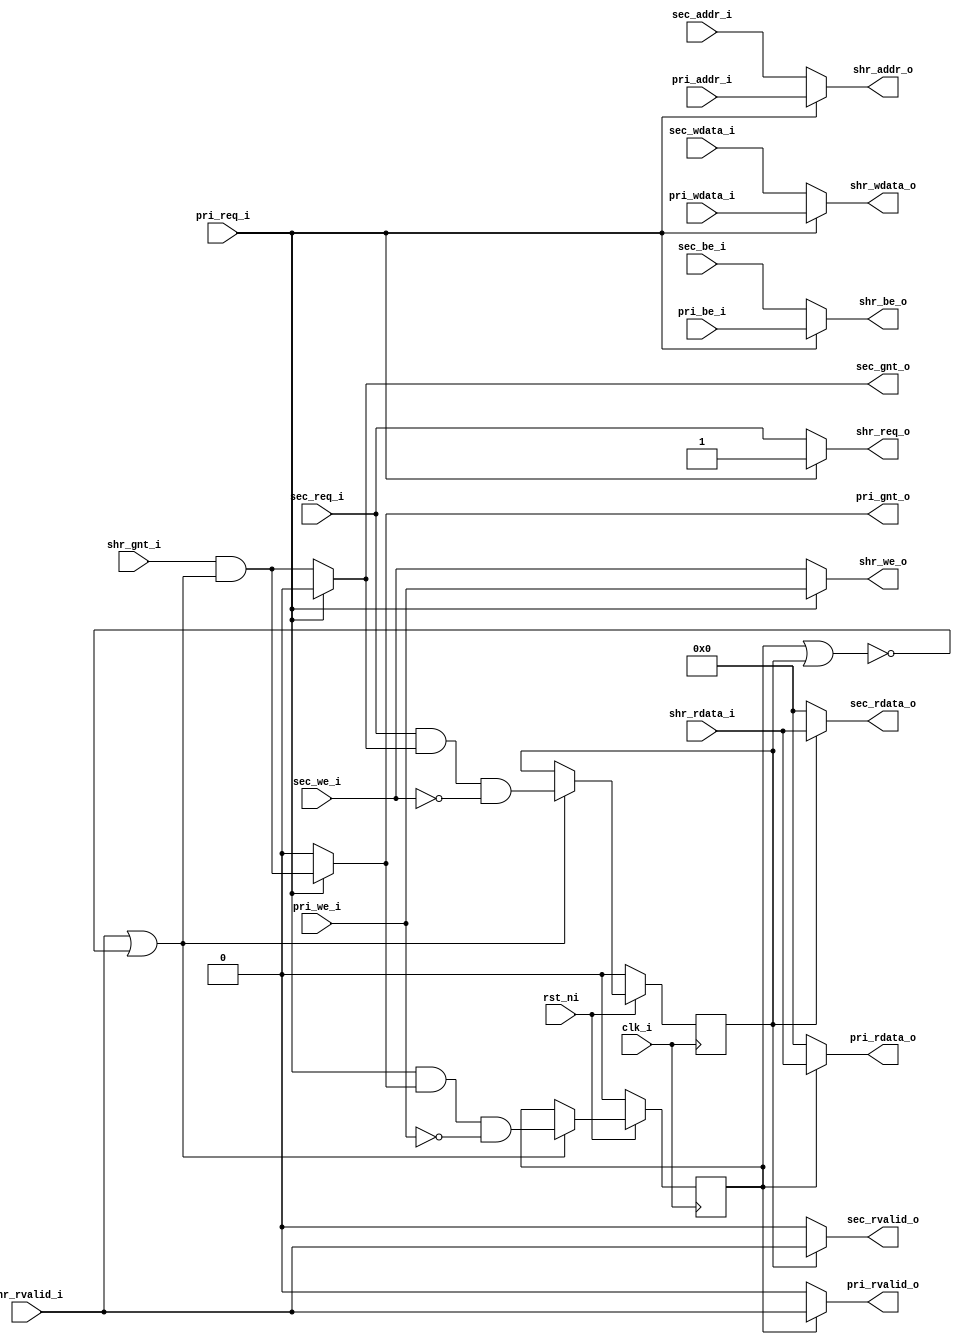
module obi_mux_fp_2_to_1 (
        input               clk_i,
        input               rst_ni,

        // Primary OBI interface
        input               pri_req_i,
        output wire         pri_gnt_o,
        input        [31:0] pri_addr_i,
        input               pri_we_i,
        input        [3:0]  pri_be_i,
        input        [31:0] pri_wdata_i,
        output wire         pri_rvalid_o,
        output wire  [31:0] pri_rdata_o,

        // Secondary OBI interface
        input               sec_req_i,
        output wire         sec_gnt_o,
        input        [31:0] sec_addr_i,
        input               sec_we_i,
        input        [3:0]  sec_be_i,
        input        [31:0] sec_wdata_i,
        output wire         sec_rvalid_o,
        output wire  [31:0] sec_rdata_o,

        // Shared OBI interface (slave)
        output wire         shr_req_o,
        input               shr_gnt_i,
        output wire  [31:0] shr_addr_o,
        output wire         shr_we_o,
        output wire  [3:0]  shr_be_o,
        output wire  [31:0] shr_wdata_o,
        input               shr_rvalid_i,
        input        [31:0] shr_rdata_i
);

  ///////////////////////////
  // Address Phase Routing //
  ///////////////////////////

  wire pri_accepted, sec_accepted;
  wire sec_posession, gnt_masked, available;

  assign sec_posession = ~pri_req_i;
  assign available     = shr_rvalid_i || !(pri_read_outstanding || sec_read_outstanding) ;
  assign gnt_masked    = shr_gnt_i && available;
  assign pri_accepted  = pri_req_i && pri_gnt_o && !pri_we_i;
  assign sec_accepted  = sec_req_i && sec_gnt_o && !sec_we_i;

  // gnt demux
  assign sec_gnt_o = (sec_posession ? gnt_masked : 0);
  assign pri_gnt_o = (sec_posession ? 0 : gnt_masked);
  
  // address signal mux
  assign shr_req_o   = sec_posession ? sec_req_i   : pri_req_i ;
  assign shr_addr_o  = sec_posession ? sec_addr_i  : pri_addr_i ;
  assign shr_we_o    = sec_posession ? sec_we_i    : pri_we_i ;
  assign shr_be_o    = sec_posession ? sec_be_i    : pri_be_i ;
  assign shr_wdata_o = sec_posession ? sec_wdata_i : pri_wdata_i ;

  ////////////////////////////
  // Response Phase Routing //
  ////////////////////////////

  reg pri_read_outstanding, sec_read_outstanding;

  // response signal demux
  assign sec_rvalid_o = sec_read_outstanding ? shr_rvalid_i : 0;
  assign sec_rdata_o  = sec_read_outstanding ? shr_rdata_i  : 0;
  assign pri_rvalid_o = pri_read_outstanding ? shr_rvalid_i : 0;
  assign pri_rdata_o  = pri_read_outstanding ? shr_rdata_i  : 0;

  // Response tracker
  always @(posedge clk_i) begin
    if (!rst_ni) begin
        pri_read_outstanding <= 0;
        sec_read_outstanding <= 0;
    end else if (available) begin
        pri_read_outstanding <= pri_accepted;
        sec_read_outstanding <= sec_accepted;
    end
  end

endmodule